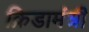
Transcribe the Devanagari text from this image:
क्रिडामंत्री